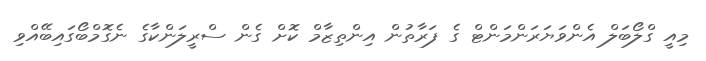
މިއީ ގްލޯބަލް އެންވަޔަރަންމަންޓް ގެ ފަރާތުން އިންތިޒާމް ކޮށް ގެން ސްރީލަންކާގެ ނެގޮމްބޯގައިބޭއްވި